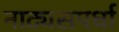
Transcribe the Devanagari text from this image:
नाट्यसपर्धा